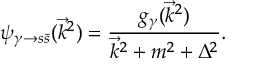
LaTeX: \psi _ { \gamma \to s \bar { s } } ( \vec { k } ^ { 2 } ) = \frac { g _ { \gamma } ( \vec { k } ^ { 2 } ) } { \vec { k } ^ { 2 } + m ^ { 2 } + \Delta ^ { 2 } } .